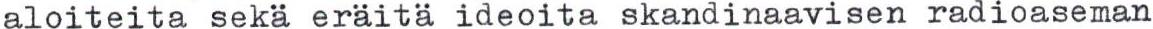
aloiteita sekä eräitä ideoita skandinaavisen radioaseman